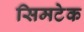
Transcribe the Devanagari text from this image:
सिमटेक